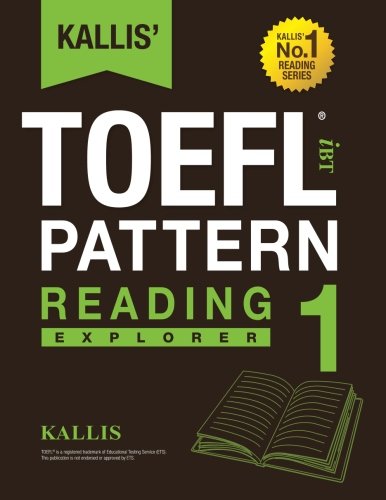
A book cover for KALLIS' iBT TOEFL Pattern Reading 1: Explorer (Volume 1); Kallis; Test Preparation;